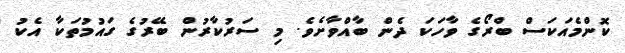
ކޮންމެއަކަސް ބްރޯގެ ވާހަކަ ދެން ބާއްވާށެވެ. މި ސަރުކާރުން ބޭރުގެ ގައުމުތަކާ އެކު